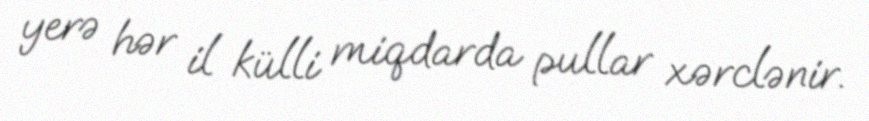
yerə hər il külli miqdarda pullar xərclənir.